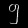
Digit: ၅